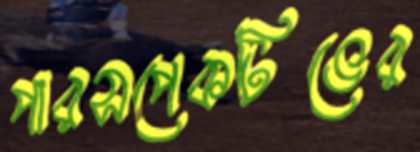
পারসপেকটিভের